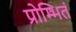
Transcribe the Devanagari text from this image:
प्रोम्भितं